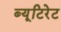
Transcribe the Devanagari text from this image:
ब्यूटिरेट